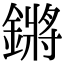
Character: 鏘